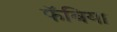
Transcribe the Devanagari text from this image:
फॅबिया